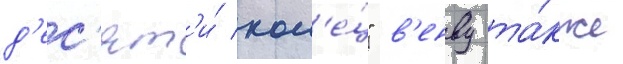
д'ес'ят'и́ кол'е́ц" в'енву та́кже